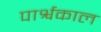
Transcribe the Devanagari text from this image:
पार्श्वकाल